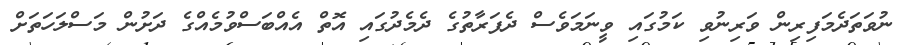
ނުވަތަދެމަފިރިން ވަރިނުވި ކަމުގައި ވީނަމަވެސް ދެފަރާތުގެ ދެމެދުގައި އޮތް އެއްބަސްވުމެއްގެ ދަށުން މަސްލަހަތަށް